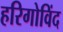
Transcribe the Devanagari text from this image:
हरिगोविंद